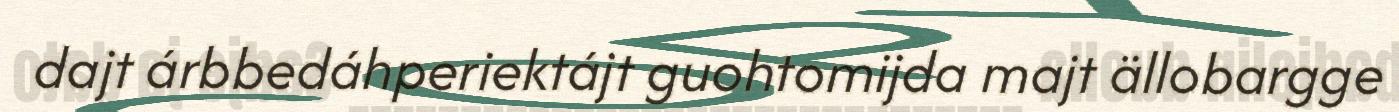
dajt árbbedáhperiektájt guohtomijda majt ällobargge